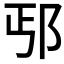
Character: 𰻢